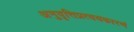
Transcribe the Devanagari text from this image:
अनुवृत्तिप्रत्ययकारणं